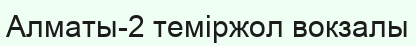
Алматы-2 теміржол вокзалы